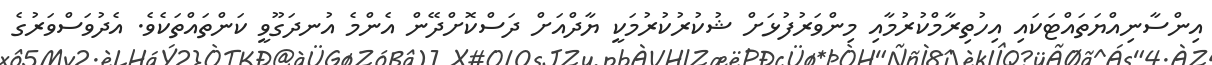
އިންސާނިއްޔަތައްޓަކައި އިހުތިރާމްކުރުމާއި މިންވަރުފުޅަށް ޝުކުރުކުރުމަކީ ޔާދްއަށް ދަސްކޮށްދޭން އެންމެ އުނދަގޫވީ ކަންތައްތަކެވެ. އެދުވަސްވަރުގެ